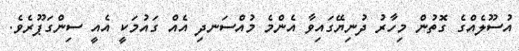
އުސޫލެއްގެ ގޮތުން މިހާރު ދުނިޔޭގައިވާ އެންމެ މުއްސަނދި އެއް ގައުމަކީ އެއީ ސިންގަޕޫރެވެ.